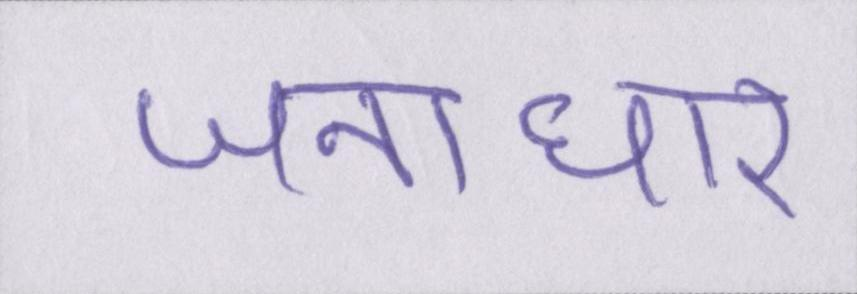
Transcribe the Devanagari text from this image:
जनाधार